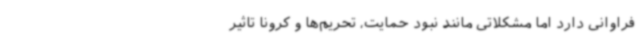
فراوانی دارد اما مشکلاتی مانند نبود حمایت، تحریم‌ها و کرونا تاثیر